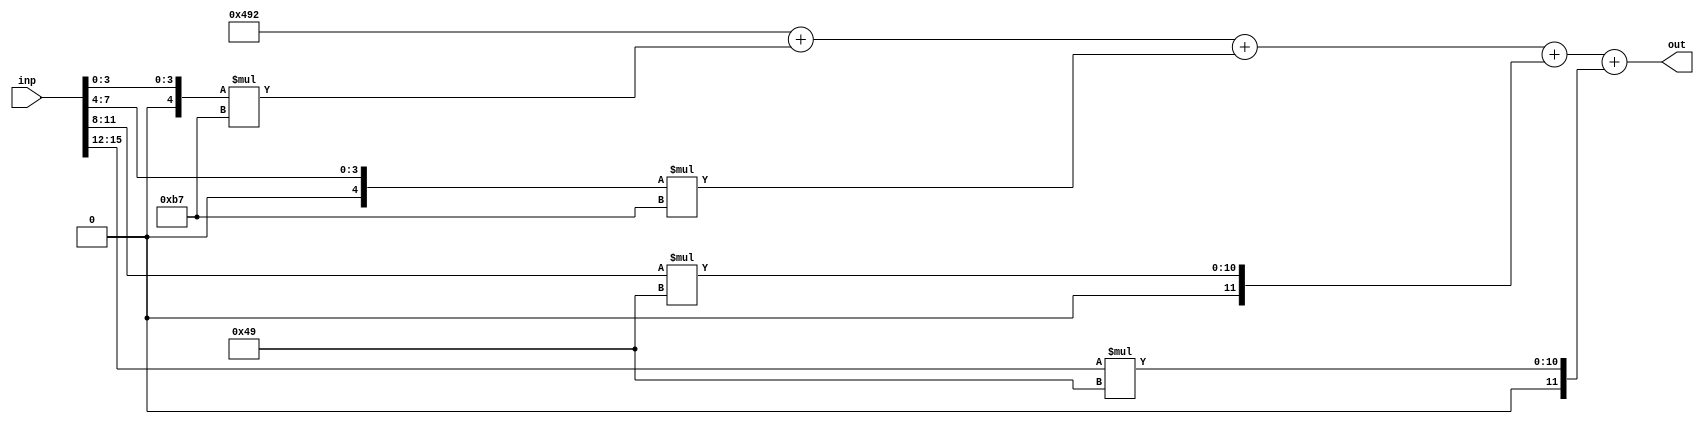
//weights: [[-73, -73, 73, 73]]
//intercepts: [1170]
//act size: [4, 13]
//pred num: 1
module top (inp, out);
input [15:0] inp;
output [12:0] out;

// classifier: 0
    wire signed [11:0] n_0_0_po_0;
    //weight -73: 8'sb10110111
    assign n_0_0_po_0 = $signed({1'b0, inp[3:0]}) * 8'sb10110111;

    wire signed [11:0] n_0_0_po_1;
    //weight -73: 8'sb10110111
    assign n_0_0_po_1 = $signed({1'b0, inp[7:4]}) * 8'sb10110111;

    wire signed [11:0] n_0_0_po_2;
    //weight 73: 8'sb01001001
    assign n_0_0_po_2 = $signed({1'b0, inp[11:8]}) * 8'sb01001001;

    wire signed [11:0] n_0_0_po_3;
    //weight 73: 8'sb01001001
    assign n_0_0_po_3 = $signed({1'b0, inp[15:12]}) * 8'sb01001001;

    wire signed [12:0] n_0_0;
    assign n_0_0 = 1170 + n_0_0_po_0 + n_0_0_po_1 + n_0_0_po_2 + n_0_0_po_3;

    assign out = {n_0_0};

endmodule